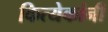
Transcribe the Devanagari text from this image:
कित्येकांनी